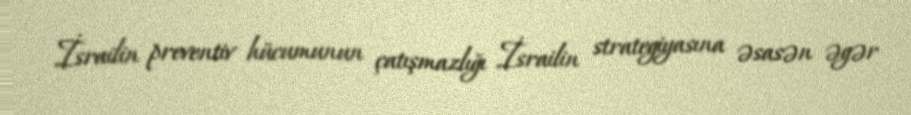
İsrailin preventiv hücumunun çatışmazlığı İsrailin strategiyasına əsasən əgər